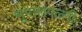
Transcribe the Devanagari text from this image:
भूपालपल्ली